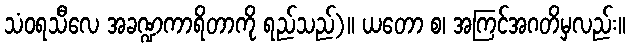
သံဝရသီလေ အခဏ္ဍကာရိတာကို ရည်သည်)။ ယတော စ၊ အကြင်အဂတိမှလည်း။